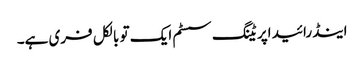
اینڈرائید اپریٹنگ سسٹم ایک تو بالکل فری ہے۔